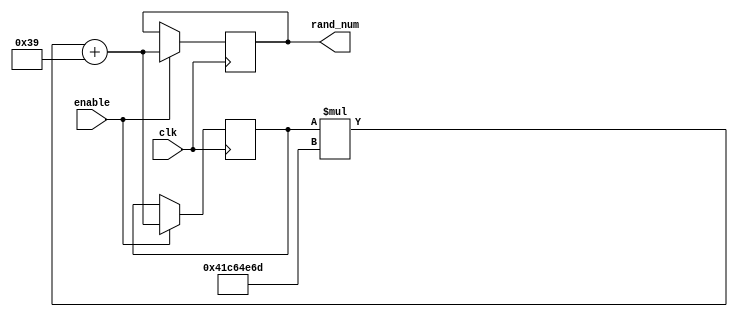
module random_generator(
  input clk,
  input enable,
  output reg [7:0] rand_num
);

  reg [7:0] seed = 8'h7F; // seed  
  
  always @(posedge clk) begin
    if (enable) begin
      seed = seed * 1103515245 + 12345; // 32  LCG 
      rand_num = seed[7:0]; //  8   8 
    end
  end

endmodule